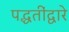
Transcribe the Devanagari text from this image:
पद्धतींद्वारे